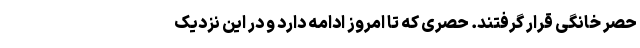
حصر خانگی قرار گرفتند. حصری که تا امروز ادامه دارد و در این نزدیک